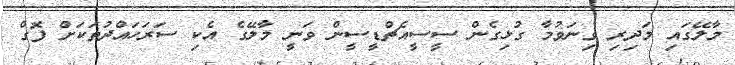
މާލޭގައި މަދިރި ގިނަވުމާ ގުޅިގެން ސީސީއެޗްޑީސީން ވަނީ މާލޭގެ އެކި ސަރަހައްދުތަކަށް ފޮގް